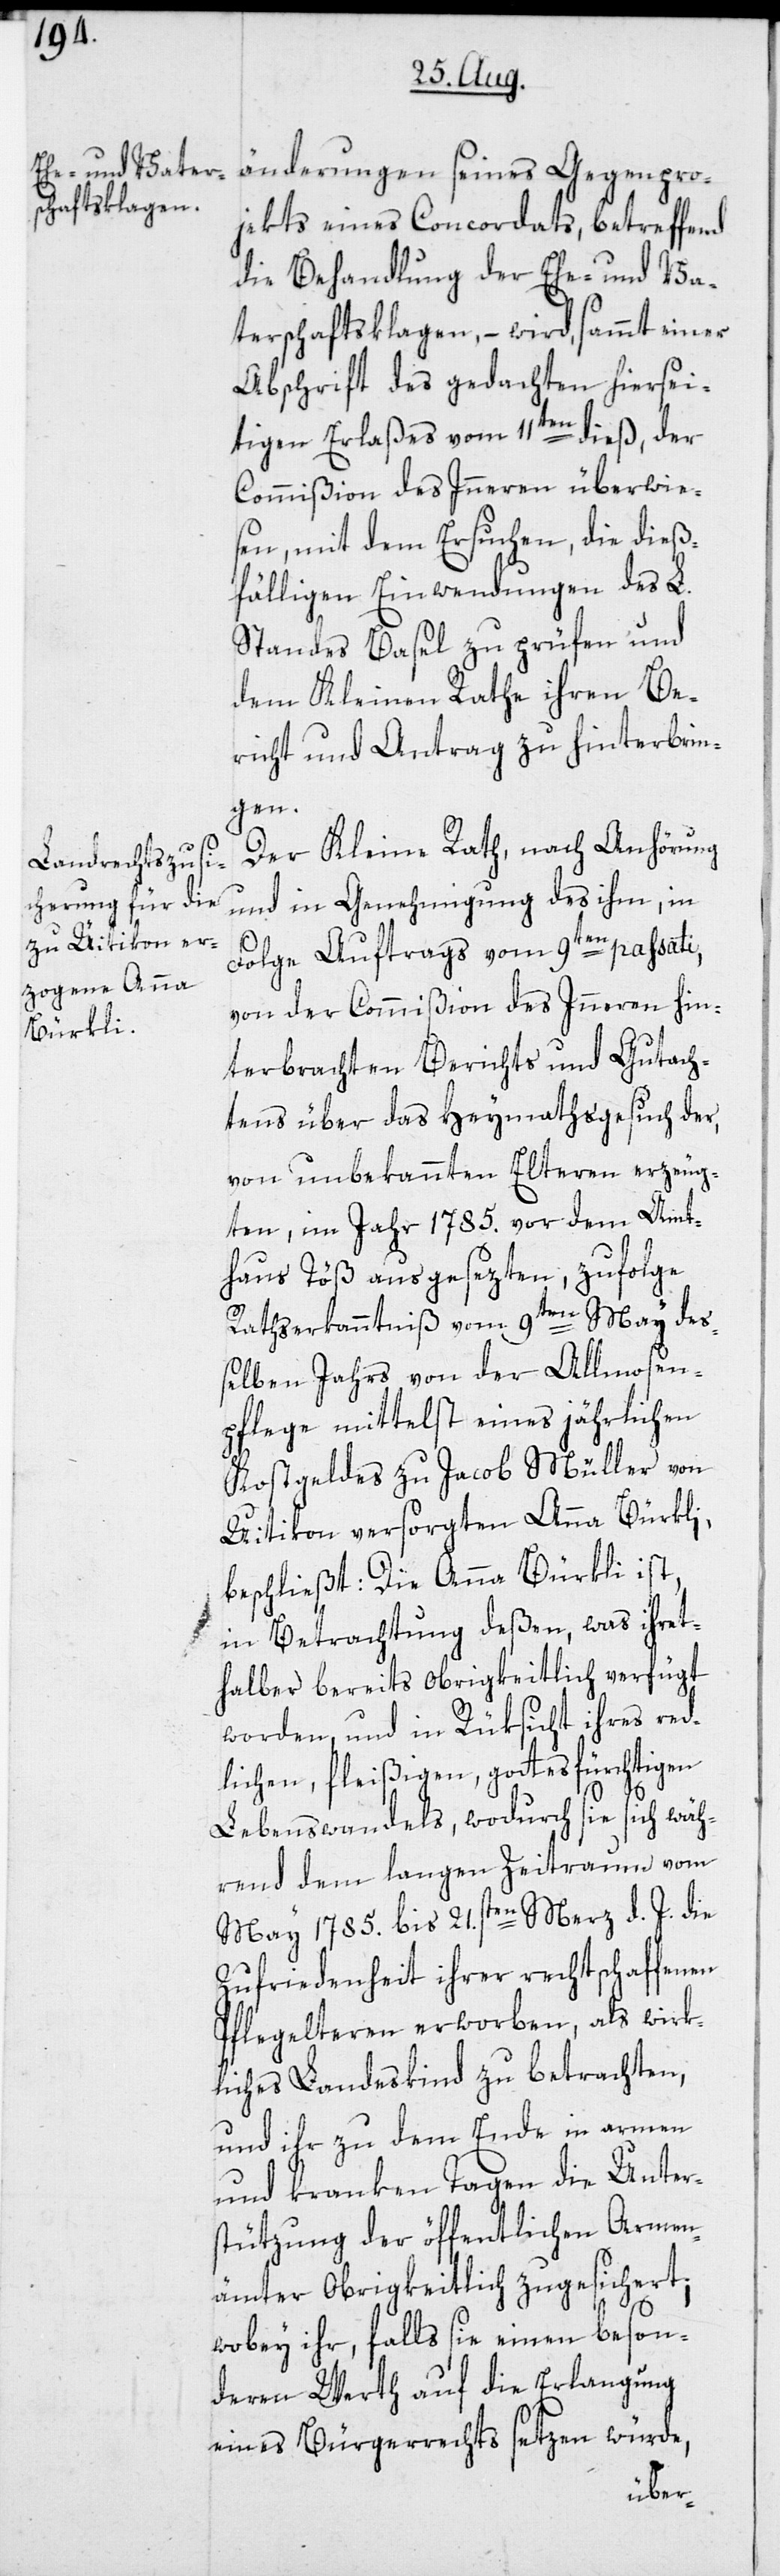
änderungen seines Gegenpro¬
jekts eines Concordats, betreffend
die Behandlung der Ehe- und Va¬
terschaftsklagen, – wird, sammt einer
Abschrift des gedachten hiersei¬
tigen Erlaßes vom 11ten dieß, der
Commißion des Inneren überwie¬
sen, mit dem Ersuchen, die dieß¬
fälligen Einwendungen des L.
Standes Basel zu prüfen und
dem Kleinen Rathe ihren Be¬
richt und Antrag zu hinterbrin¬
gen.
Der Kleine Rath, nach Anhörung
und in Genehmigung des ihm, in
Folge Auftrags vom 9ten passati,
von der Commißion des Inneren hin¬
terbrachten Berichts und Gutach¬
tens über das Heymathsgesuch der,
von unbekannten Elteren erzeug¬
ten, im Jahr 1785. vor dem Amt¬
haus Töß ausgesezten, zufolge
Rathserkanntniß vom 9ten May des¬
selben Jahrs von der Allmosen¬
pflege mittelst eines jährlichen
Kostgeldes zu Jacob Müller von
Uitikon versorgten Anna Bürkli,
beschließt: Die Anna Bürkli ist,
in Betrachtung deßen, was ihret¬
halber bereits obrigkeitlich verfügt
worden, und in Rüksicht ihres red¬
lichen, fleißigen, gottesfürchtigen
Lebenswandels, wodurch sie sich wäh¬
rend dem langen Zeitraum vom
May 1785. bis 21.sten Merz d. J. die
Zufriedenheit ihrer rechtschaffenen
Pflegelteren erworben, als wirk¬
liches Landeskind zu betrachten,
und ihr zu dem Ende in armen
und kranken Tagen die Unter¬
stützung der öffentlichen Armen¬
ämter Obrigkeitlich zugesichert,
wobey ihr, falls sie einen beson¬
deren Werth auf die Erlangung
eines Bürgerrechts setzen würde,